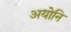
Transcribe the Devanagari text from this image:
अयोनि